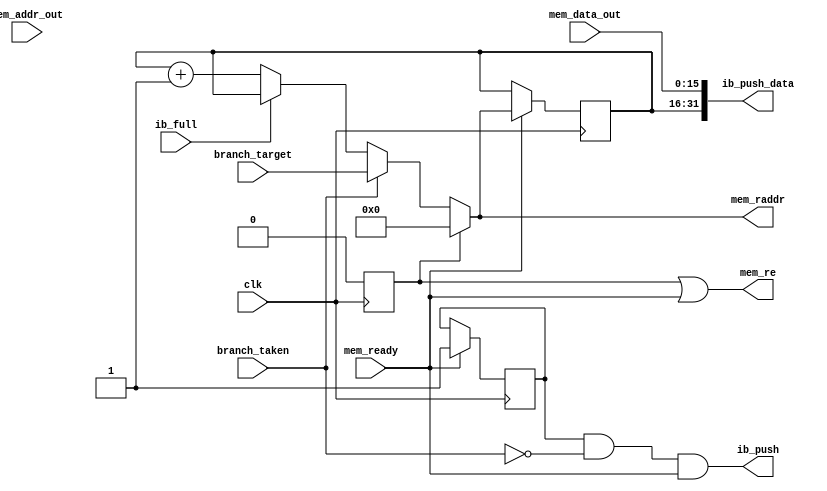
`timescale 1ps/1ps

// A simple pipelined Fetch Unit
//
// It fetches at the current PC and pushes to the tail of the IB
// It does not flush or pop the buffer if there is a branch.
// 
// It should work for any memory latency, but is optimized for the magic
// 1 cycle fetch port. If anything happens, it discards the result and
// tries again.

module fetch(input clk,
    // instruction buffer
    output ib_push, output [31:0]ib_push_data, input ib_full,
    // memory access
    output [15:0]mem_raddr, output mem_re,
    input [15:0]mem_addr_out, input [15:0]mem_data_out, input mem_ready,
    // jump feedback
    input branch_taken, input [15:0]branch_target
    );

    // is this the first instr?
    // if so, we do not want to wait for mem_ready
    reg first = 1;

    // current fetch PC (the address mem is working on)
    reg [15:0]pc = 16'h0000;
    // is this pc valid?
    reg v = 1;

    // what is the next PC? 
    wire [15:0]next_pc = first ? 0 :
                         branch_taken ? branch_target :
                         !ib_full ? pc + 1 :
                         pc; // keep trying until it works

    // update every cycle
    always @(posedge clk) begin
        // if mem is ready, send next request
        if (mem_ready) begin
            pc <= next_pc;
            v <= 1;
        end

        first <= 0;
    end

    // output
    assign ib_push = v && !branch_taken && mem_ready;
    assign ib_push_data[31:16] = pc;
    assign ib_push_data[15:0]  = mem_data_out;

    assign mem_raddr = next_pc;
    assign mem_re = first || mem_ready;

endmodule